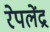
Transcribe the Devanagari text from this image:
रेपलेंद्र